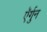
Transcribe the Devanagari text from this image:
ऍर्गुन